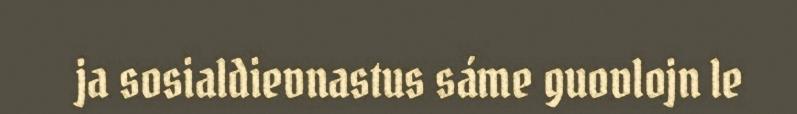
ja sosialdievnastus sáme guovlojn le